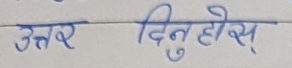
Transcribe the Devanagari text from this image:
उत्तर दिनुहोस्